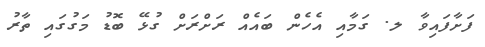
ފަށާފައިވާ ލ. ގަމާއި އެހެން ބައެއް ރަށްރަށް ގުޅޭ ބޮޑު މަގުގައި ތާރު